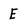
Character: E